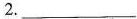
2.___